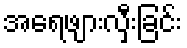
အရေဖျားလှီးခြင်း